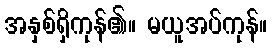
အနှစ်ရှိကုန်၏။ မယူအပ်ကုန်။